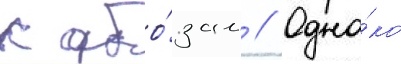
к обо́зам // Одна́ко